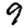
Digit: 9